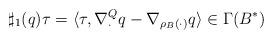
LaTeX: \begin{align*}\sharp_1(q)\tau = \langle \tau, \nabla^Q_\cdot q - \nabla_{\rho_B(\cdot)}q \rangle\in\Gamma(B^*)\end{align*}